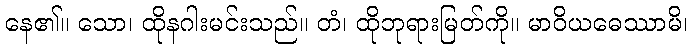
နေ၏။ သော၊ ထိုနဂါးမင်းသည်။ တံ၊ ထိုဘုရားမြတ်ကို။ မာဝိယဓေဿာမိ၊